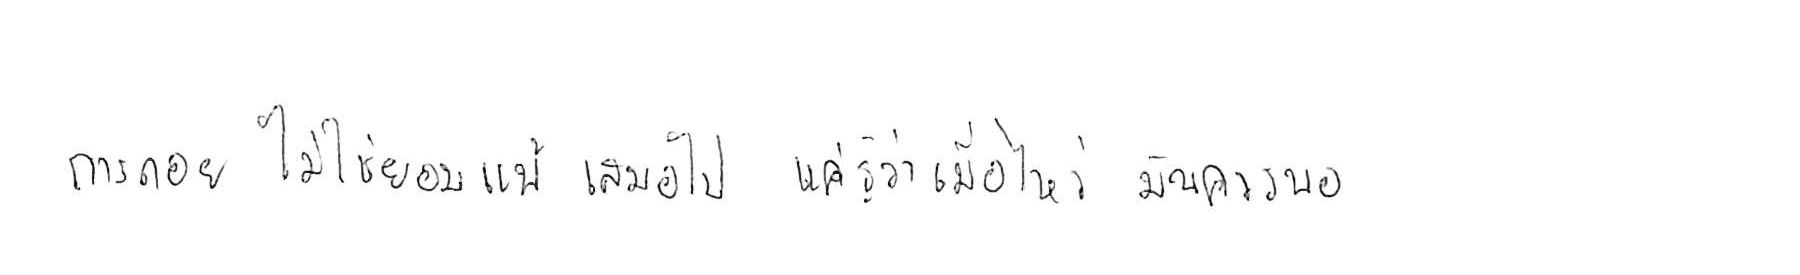
การถอย ไม่ใช่ยอมแพ้ เสมอไป แค่รู้ว่าเมื่อไหร่ มันควรพอ